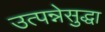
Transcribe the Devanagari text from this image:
उत्पन्नेसुद्धा